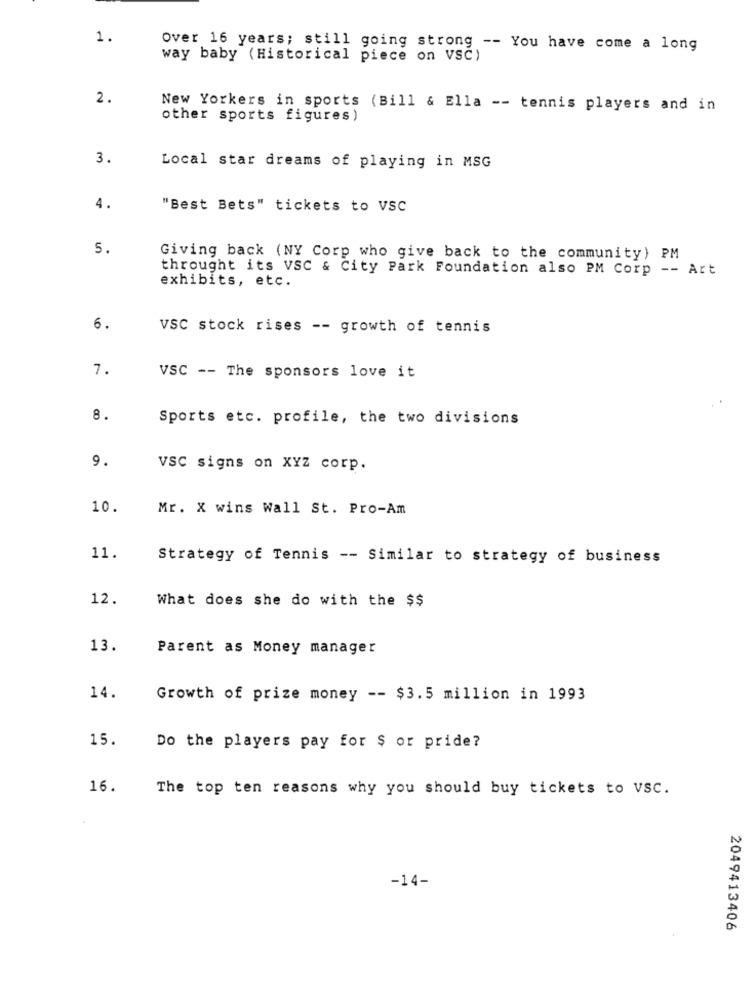
1.
Over 16 years; still going strong -- You have come a long
way baby (Historical piece on VSC)
2.
New Yorkers in sports (Bill & Ella -- tennis players and in
other sports figures )
3.
Local star dreams of playing in MSG
4.
"Best Bets" tickets to VSC
5.
Giving back (NY Corp who give back to the community) PM
throught its VSC & City Park Foundation also PM Corp -- Art
exhibits, etc.
6.
VSC stock rises -- growth of tennis
7.
VSC -- The sponsors love it
8.
Sports etc. profile, the two divisions
9.
VSC signs on XYZ corp.
10.
Mr. X wins Wall St. Pro-Am
11.
Strategy of Tennis -- Similar to strategy of business
12.
What does she do with the $$
13.
Parent as Money manager
14.
Growth of prize money -- $3.5 million in 1993
15.
Do the players pay for $ or pride?
16.
The top ten reasons why you should buy tickets to vSC.
-14-
2049413406